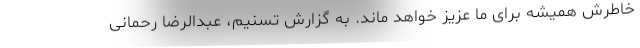
خاطرش همیشه برای ما عزیز خواهد ماند. به گزارش تسنیم، عبدالرضا رحمانی